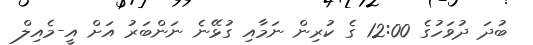
ބުދަ ދުވަހުގެ 12:00 ގެ ކުރިން ނަމާއި ގުޅޭނެ ނަންބަރު އަށް އީ-މެއިލް